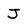
Character: J